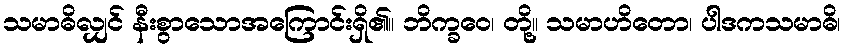
သမာဓိလျှင် နီးစွာသောအကြောင်းရှိ၏။ ဘိက္ခဝေ၊ တို့။ သမာဟိတော၊ ပါဒကသမာဓိ၊